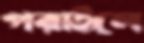
পরাইলে